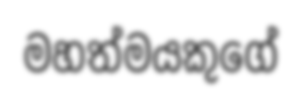
මහත්මයකුගේ